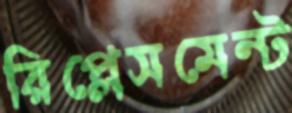
রিপ্লেসমেন্ট